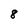
Character: 8